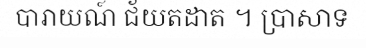
បារាយណ៍ ជ័យតដាត ។ ប្រាសាទ